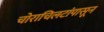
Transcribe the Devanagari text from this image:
चोराचिलटांपासून